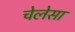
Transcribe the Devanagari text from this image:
चेलेसा